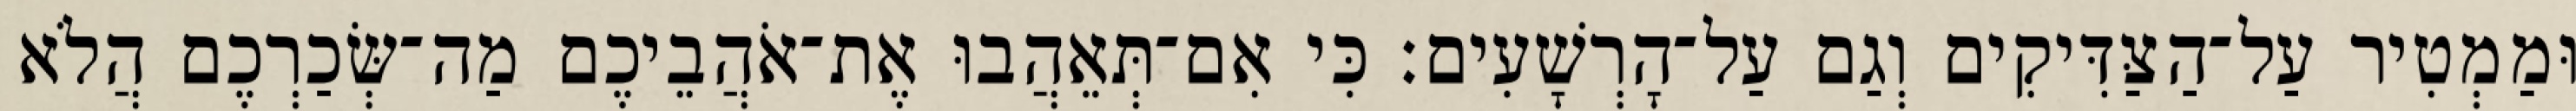
וּמַמְטִיר עַל־הַצַּדִּיקִים וְגַם עַל־הָרְשָׁעִים׃ כִּי אִם־תְּאֵהֲבוּ אֶת־אֹהֲבֵיכֶם מַה־שְּׂכַרְכֶם הֲלֹא